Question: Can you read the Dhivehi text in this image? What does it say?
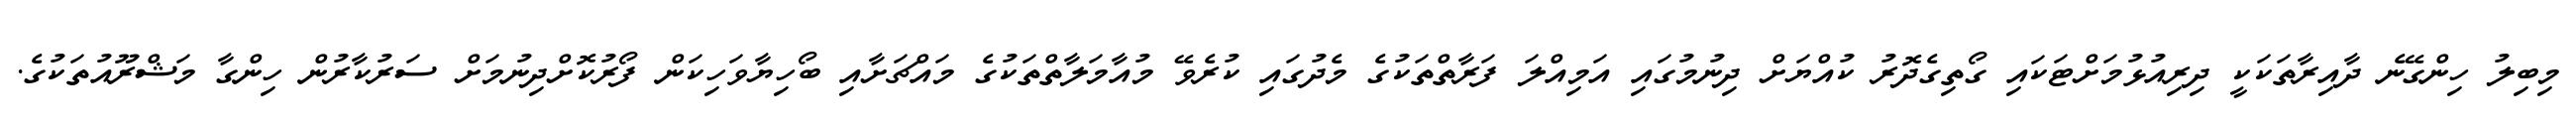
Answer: މިބިލު ހިންގޭނެ ދާއިރާތަކަކީ ދިރިއުޅުމަށްޓަކައި ގޯތިގެދޮރު ކުއްޔަށް ދިނުމުގައި އަމިއްލަ ފަރާތްތަކުގެ މެދުގައި ކުރެވޭ މުއާމަލާތްތަކުގެ މައްޗަށާއި ބޯހިޔާވަހިކަން ފޯރުކޮށްދިނުމަށް ސަރުކާރުން ހިންގާ މަޝްރޫއުތަކުގެ.